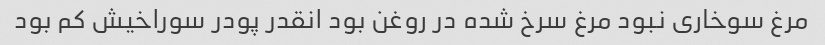
مرغ سوخاری نبود مرغ سرخ شده در روغن بود انقدر پودر سوراخیش کم بود